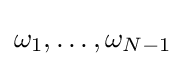
\omega _{1},\dots ,\omega _{N-1}